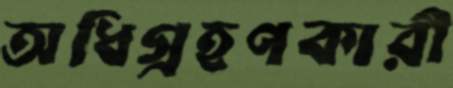
অধিগ্রহণকারী